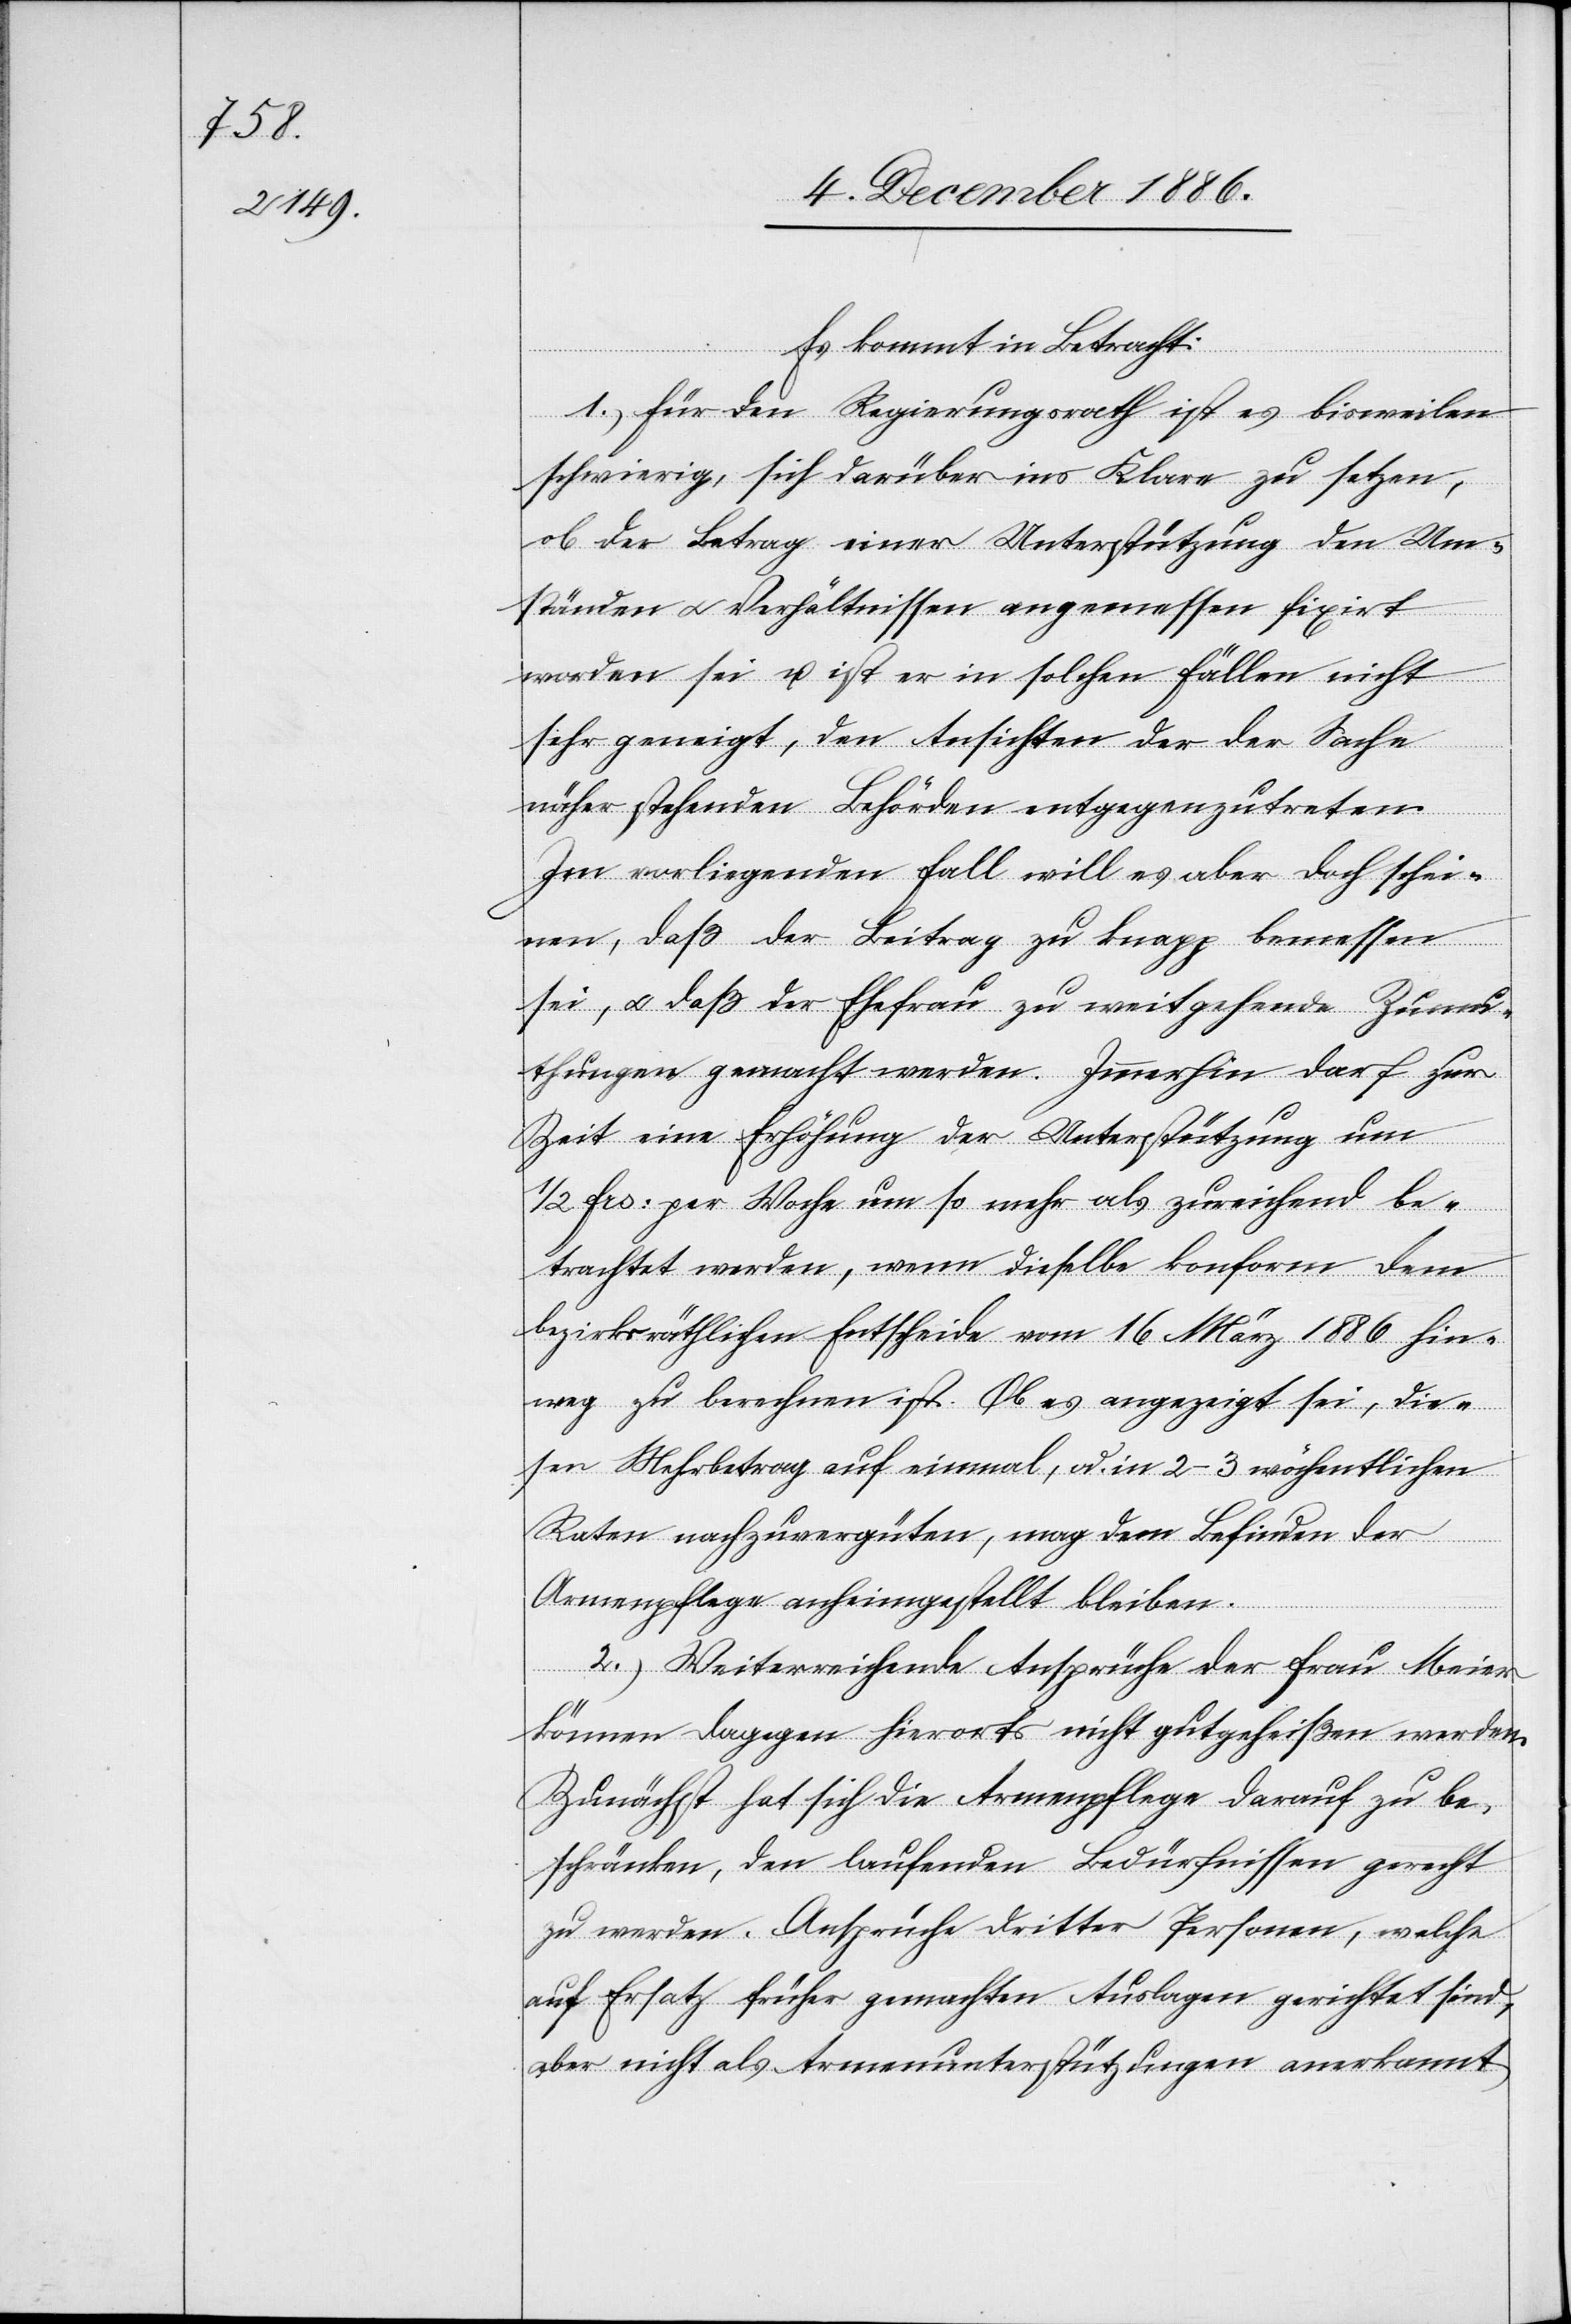
Es kommt in Betracht:
1.) Für den Regierungsrath ist es bisweilen
schwierig, sich darüber ins Klare zu setzen,
ob der Betrag einer Unterstützung den Um¬
ständen & Verhältnissen angemessen fixirt
worden sei u. ist er in solchen Fällen nicht
sehr geneigt, den Ansichten der der Sache
näher stehenden Behörden entgegenzutreten.
Im vorliegenden Fall will es aber doch schei¬
nen, daß der Beitrag zu knapp bemessen
sei, & daß der Ehefrau zu weitgehende Zumu¬
thungen gemacht werden. Immerhin darf zur
Zeit eine Erhöhung der Unterstützung um
1/2 Frs. per Woche um so mehr als zureichend be¬
trachtet werden, wenn dieselbe konform dem
bezirksräthlichen Entscheide vom 16. März 1886 hin¬
weg zu berechnen ist. Ob es angezeigt sei, die¬
sen Mehrbetrag auf einmal, od. in 2–3 wöchentlichen
Raten nachzuvergüten, mag dem Befinden der
Armenpflege anheimgestellt bleiben.
2.) Weiterreichende Ansprüche der Frau Meier
können dagegen hierorts nicht gutgeheißen werden.
Zunächst hat sich die Armenpflege darauf zu be¬
schränken, den laufenden Bedürfnissen gerecht
zu werden. Ansprüche dritter Personen, welche
auf Ersatz früher gemachten Auslagen gerichtet sind,
aber nicht als Armenunterstützungen anerkannt